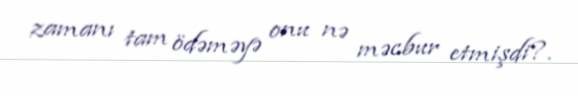
zamanı tam ödəməyə onu nə məcbur etmişdi?.